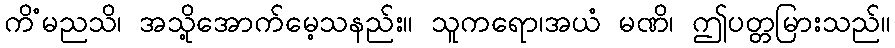
ကိံမညသိ၊ အသို့အောက်မေ့သနည်း။ သူကရော၊အယံ မဏိ၊ ဤပတ္တမြားသည်။